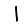
Digit: 1